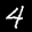
Label: 4